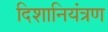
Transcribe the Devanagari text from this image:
दिशानियंत्रण